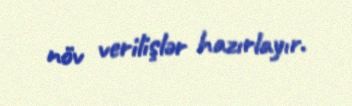
növ verilişlər hazırlayır.